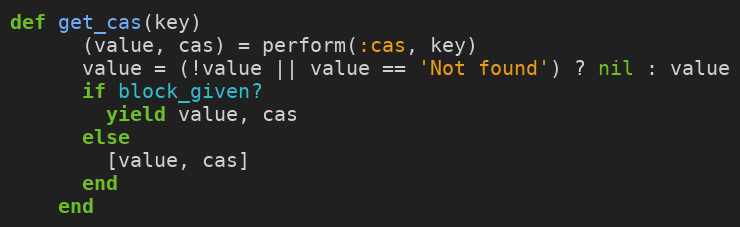
Language: Ruby
def get_cas(key)
      (value, cas) = perform(:cas, key)
      value = (!value || value == 'Not found') ? nil : value
      if block_given?
        yield value, cas
      else
        [value, cas]
      end
    end